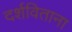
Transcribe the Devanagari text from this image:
दर्शविताना